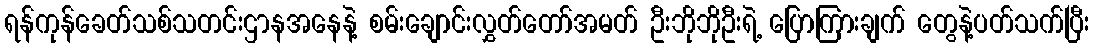
ရန်ကုန်ခေတ်သစ်သတင်းဌာနအနေနဲ့ စမ်းချောင်းလွှတ်တော်အမတ် ဦးဘိုဘိုဦးရဲ့ ပြောကြားချက် တွေနဲ့ပတ်သက်ပြီး